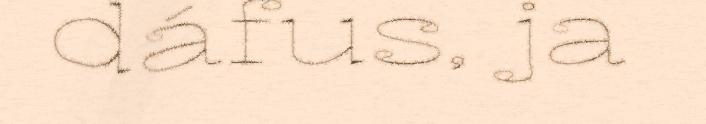
dáfus, ja